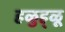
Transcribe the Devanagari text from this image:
हळुह्ळू